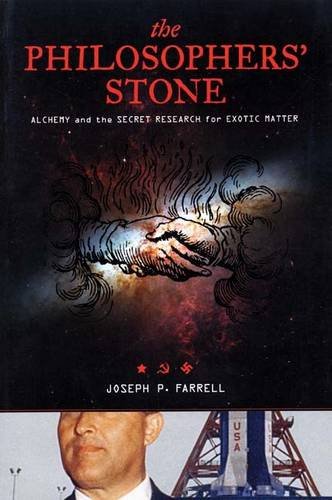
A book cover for The Philosopher's Stone: Alchemy and the Secret Research for Exotic Matter; Joseph P. Farrell; Science & Math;